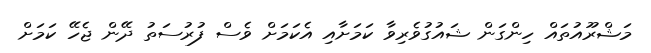
މަޝްރޫއުތައް ހިންގަން ޝައުގުވެރިވާ ކަމަށާއި އެކަމަށް ވެސް ފުރުސަތު ދޭން ޖެހޭ ކަމަށް